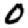
Digit: 0